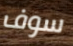
سوف